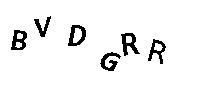
BVDGRR